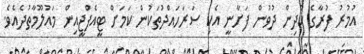
އުމުރު ފުރާގެ ކުދިން ދުވުން ފަށާނީ އެކި ސަރަހައްދުތަކުން ކަމަށް ޓީއެފްޖީއިން މައުލޫމާތުދެއެވެ.